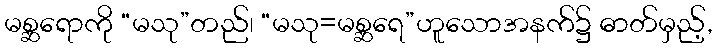
မစ္ဆရောကို “မသု”တည်၊ “မသု=မစ္ဆရေ”ဟူသောအနက်၌ ဓာတ်မှည့်,